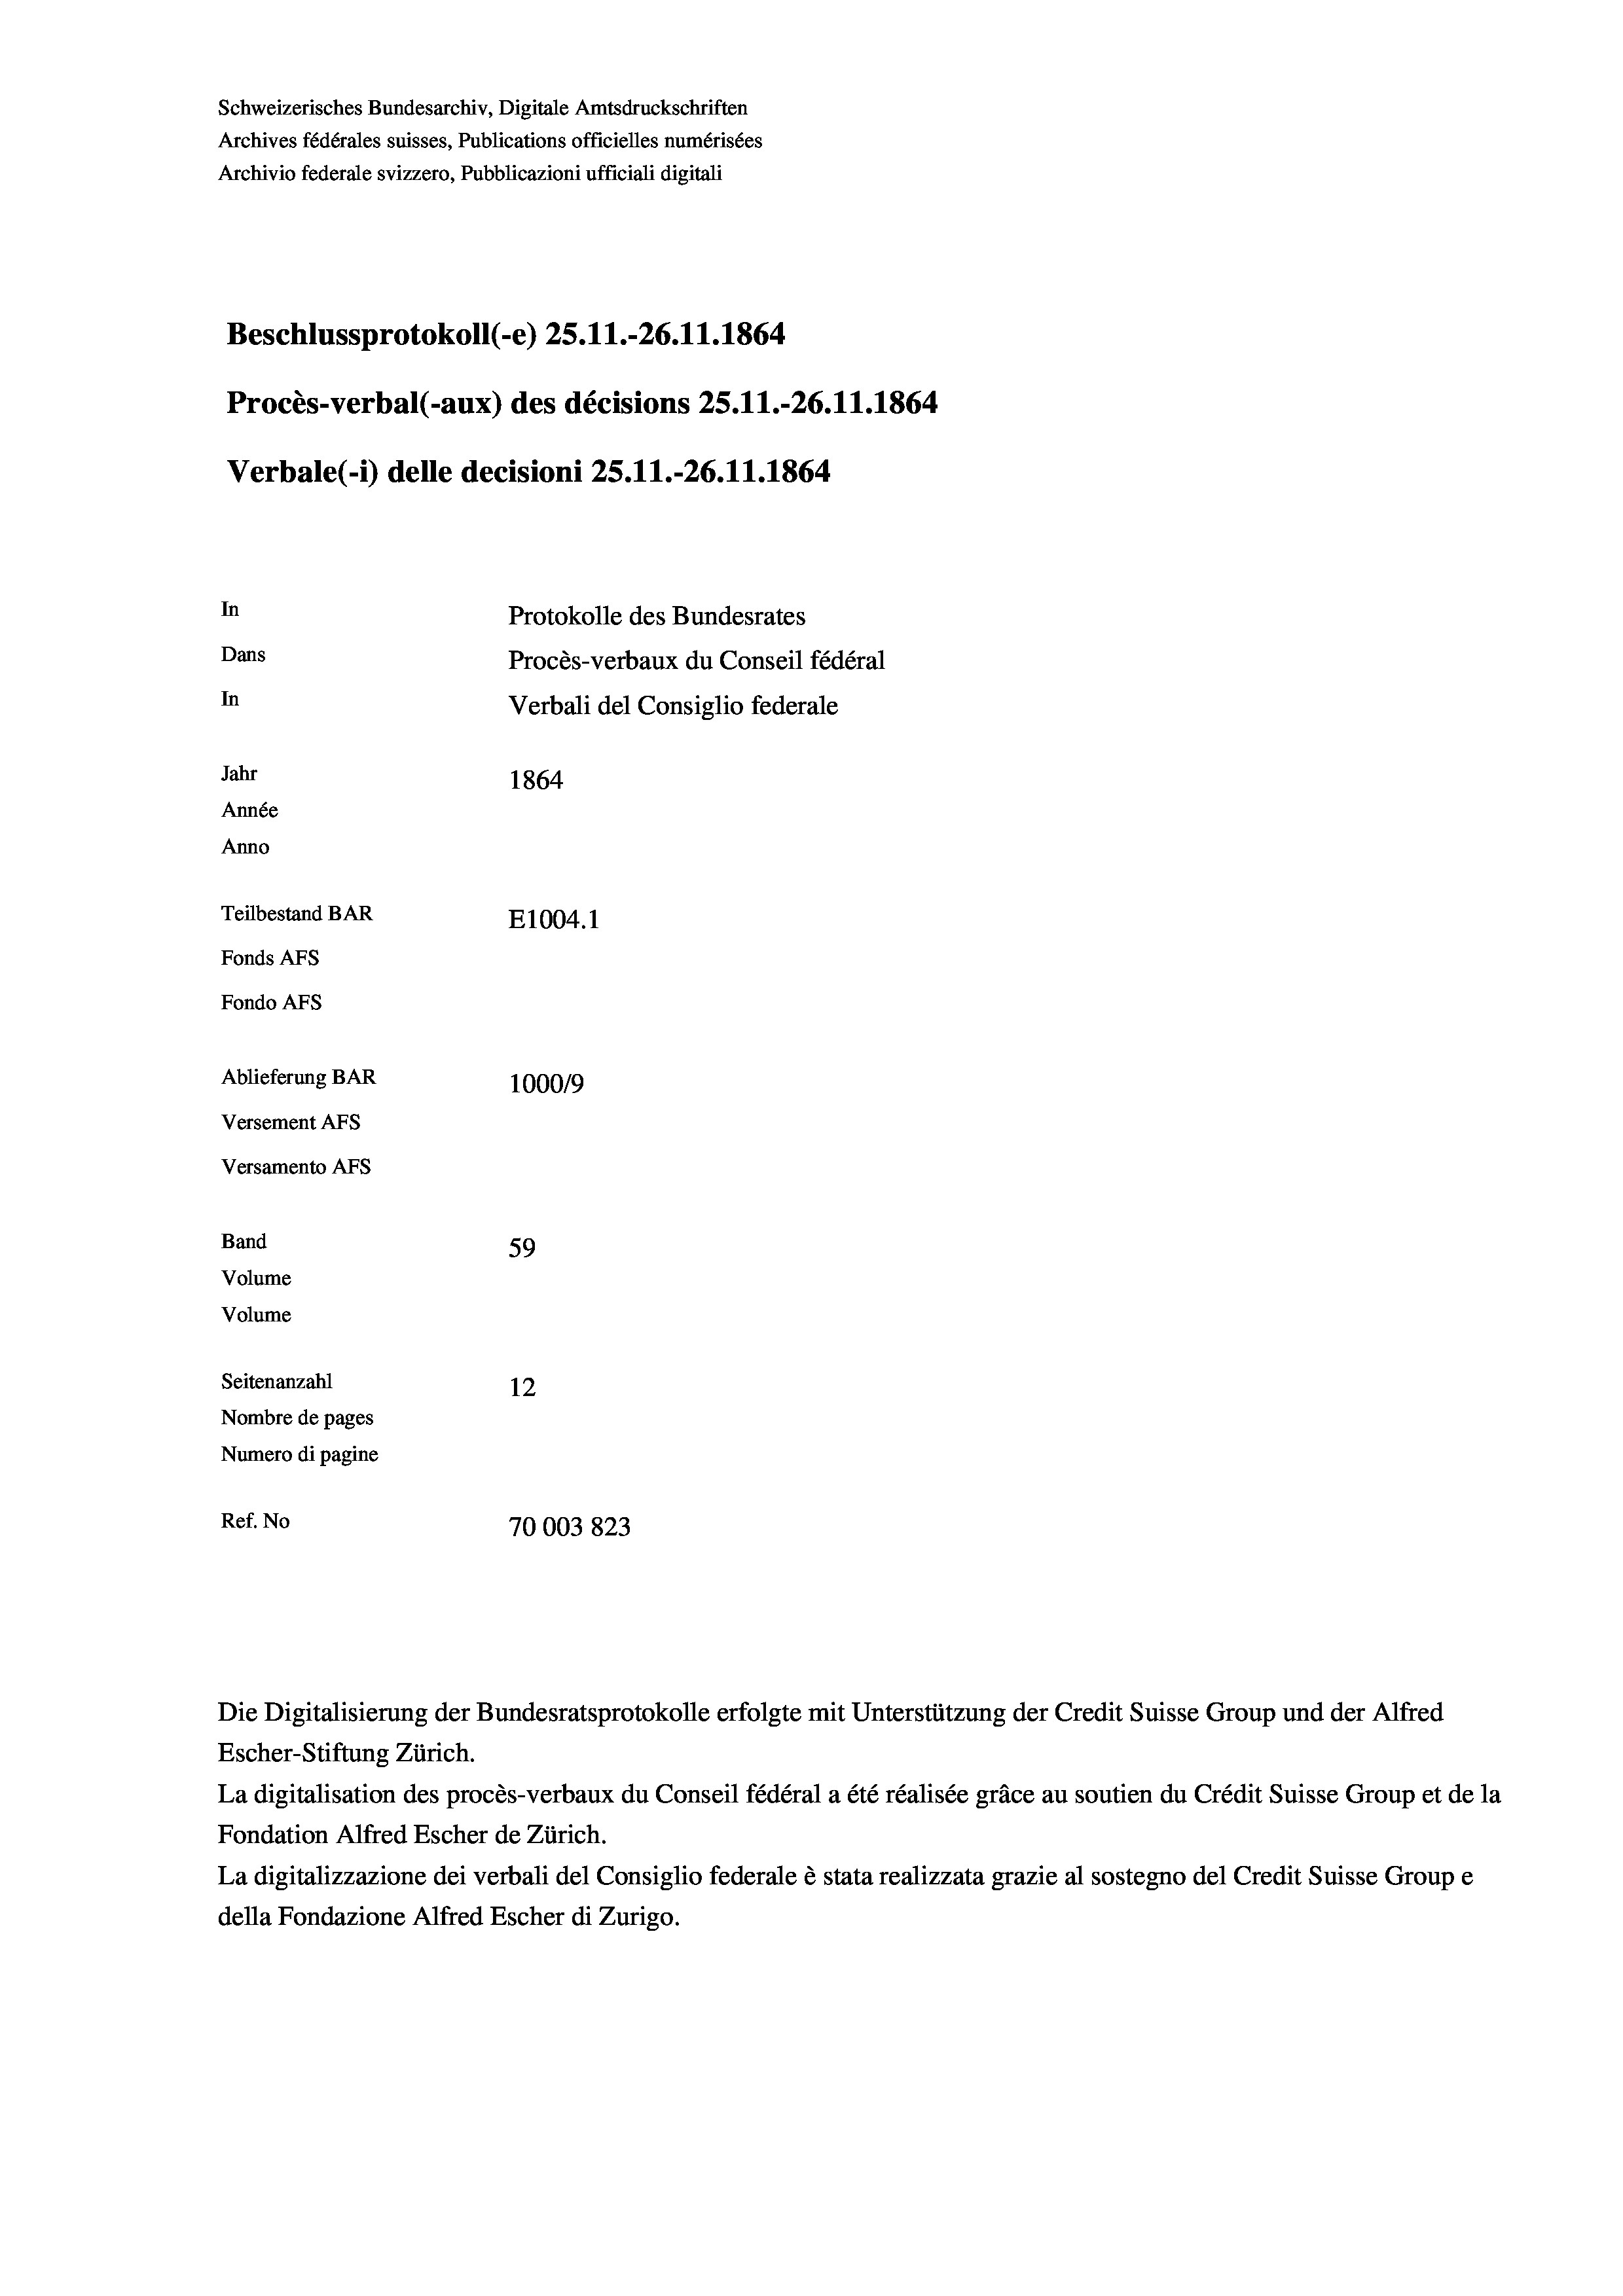
Beschlussprotokoll (-e) 25.11.-26.11.1864
Procès-verbal (-aux) des décisions 25.11.-26.11.1864
Verbale(1) delle decisioni 25.11.-26.11.1864
In
Protokolle des Bundesrates
Dans
Procès-verbaux du Conseil fédéral
In
Verbali del Consiglio federale
Jahr
1864
Année
Anno
Teilbestand BAR
E1004. 1
Fonds AFs
Fondo Afs
Ablieferung BAR
100019
Versement AFs
Versamento Afs

Band
Volume
Volume
Seitenanzahl

Schweizerisches Bundesarchiv, Digitale Amtsdruckschriften
Archives fédérales suisses, Publications officielles numérisées
Archivio federale svizzero, Pubblicazioni ufficiali digitali

59
12
Nombre de pages
Numero di pagine
Ref. No
70003823

Escher-Stiftung Zürich.
La digitalisation des procès-verbaux du Conseil fédéral a été réalisée gräce au soutien du Crédit Suisse Group et de la
Fondation Alfred Escher de Zürich.
La digitalizzazione dei verbali del Consiglio federale è stata realizzata grazie al sostegno del Credit Suisse Groupe
della Fondazione Alfred Escher di Zurigo.

Die Digitalisierung der Bundesratsprotokolle erfolgte mit Unterstützung der Credit Suisse Group und der Alfred